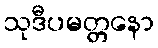
သုဒီပမတ္တနော